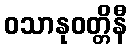
ဝသာနုဝတ္တိနီ